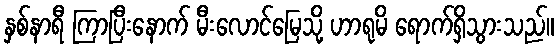
နှစ်နာရီ ကြာပြီးနောက် မီးလောင်မြေသို့ ဟာရုမိ ရောက်ရှိသွားသည်။